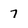
Character: 7